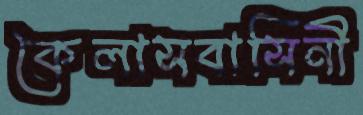
কৈলাসবাসিনী